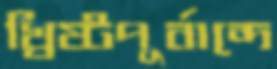
খ্রিষ্টপূর্বাব্দে